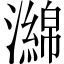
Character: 𤁗